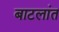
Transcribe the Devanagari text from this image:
बाटलांत